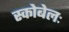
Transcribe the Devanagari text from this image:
स्कोबेलः